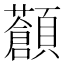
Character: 𩕹